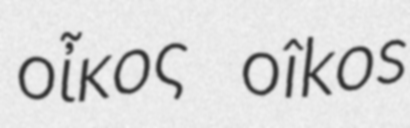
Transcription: οἶκος oîkos